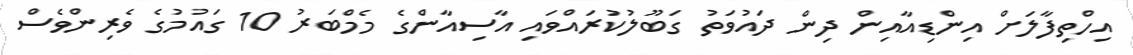
އިހްތިފާލަށް އިންޑިއާއިން ދިން ދައުވަތު ގަބޫލުކުރައްވައި އާސިއާންގެ މެމްބަރު 10 ގައުމުގެ ވެރިންވެސް